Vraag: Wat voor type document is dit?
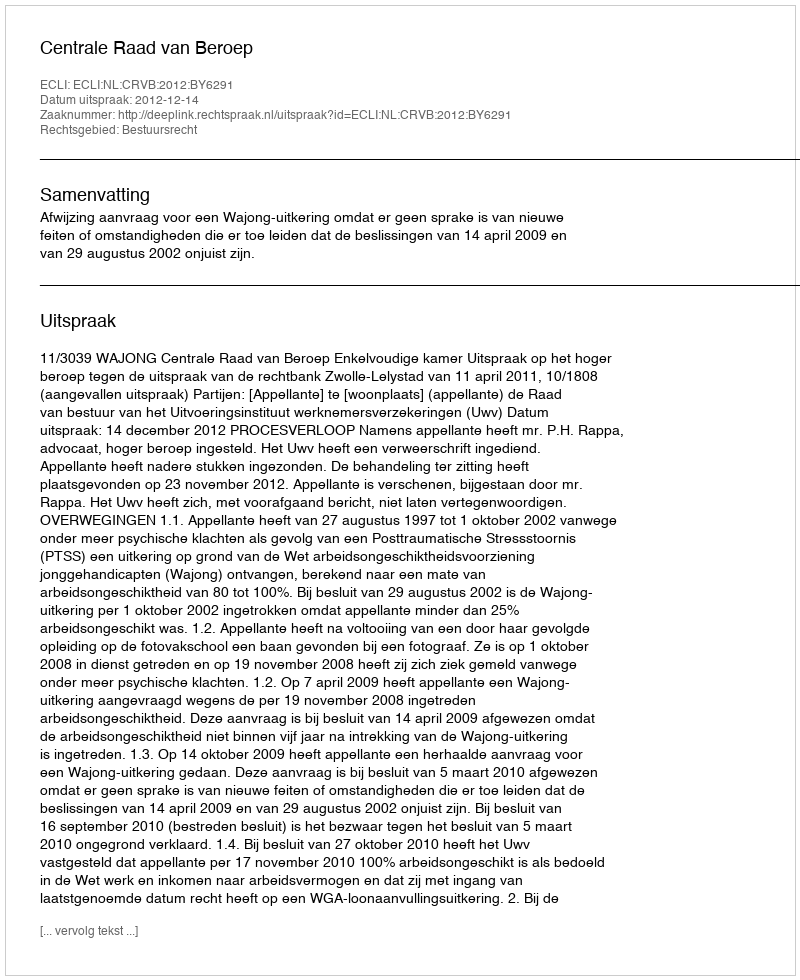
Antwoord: Uitspraak